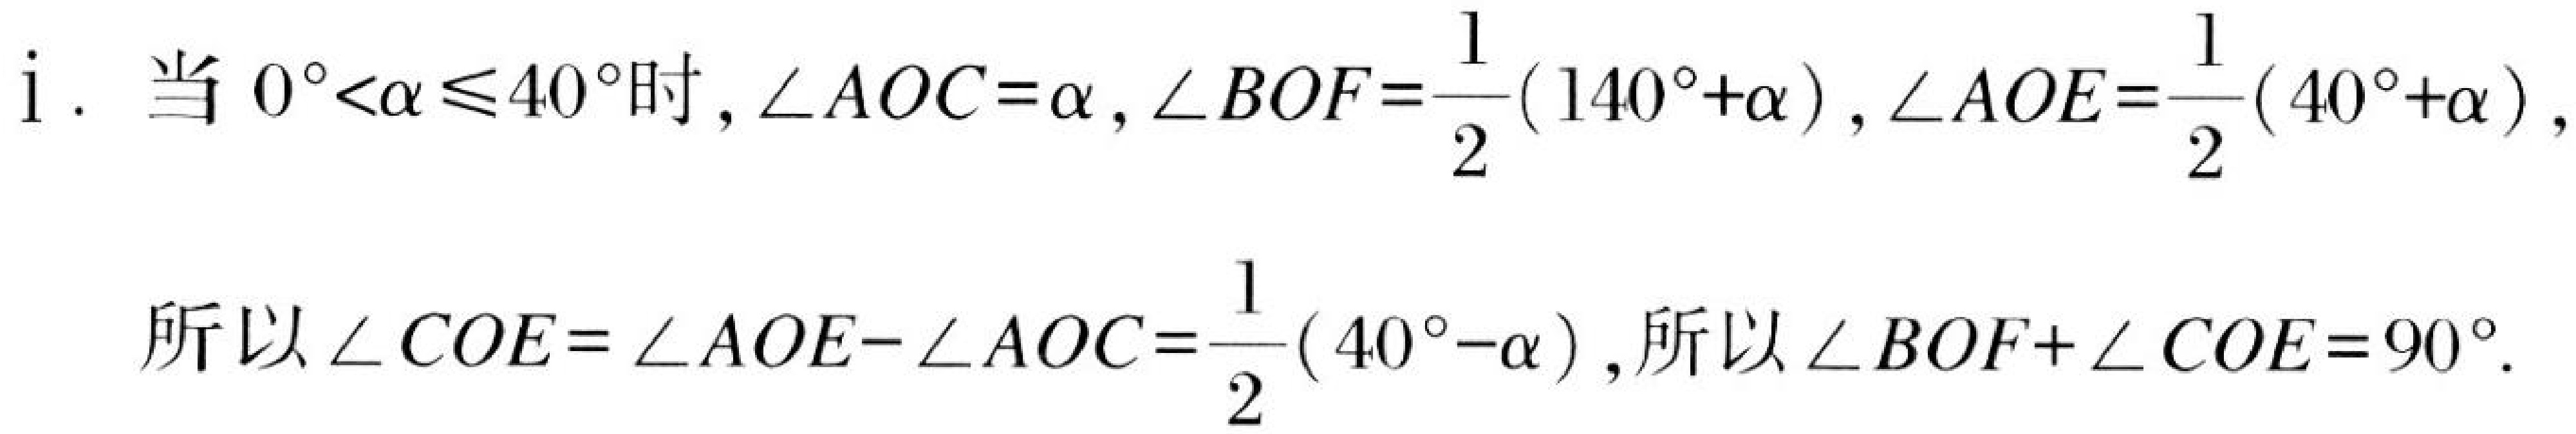
i. 当 \(0^{\circ}<\alpha\leqslant40^{\circ}\)时，\(\angle AOC = \alpha\)，\(\angle BOF=\dfrac{1}{2}(140^{\circ}+\alpha)\)，\(\angle AOE=\dfrac{1}{2}(40^{\circ}+\alpha)\)，
所以\(\angle COE=\angle AOE - \angle AOC=\dfrac{1}{2}(40^{\circ}-\alpha)\)，所以\(\angle BOF+\angle COE = 90^{\circ}\).